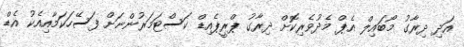
އަދި ދިރާގު މޯބައިލް އެޕް މެދުވެރިކޮށް ދިރާގު ޕްރީޕެއިޑް ކަސްޓަމަރުންނަށް ފަސޭހަކަމާއިއެކު އެޑް